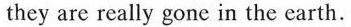
they are really gone in the earth.